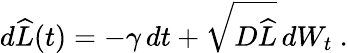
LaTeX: d\widehat{L}(t)=-\gamma\, dt+\sqrt{D\widehat{L}}\, dW_{t}\ .